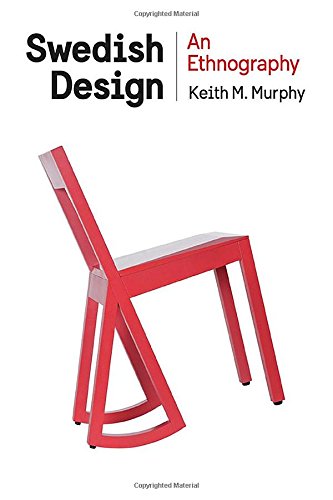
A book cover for Swedish Design: An Ethnography (Expertise: Cultures and Technologies of Knowledge); Keith M. Murphy; History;